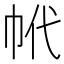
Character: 𢂌